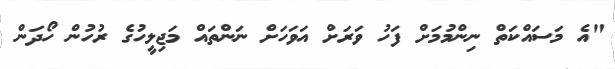
"އެ މަސައްކަތް ނިންމުމަށް ފަހު ވަރަށް އަވަހަށް ނަންތައް މަޖިލީހުގެ ރުހުން ހޯދަން